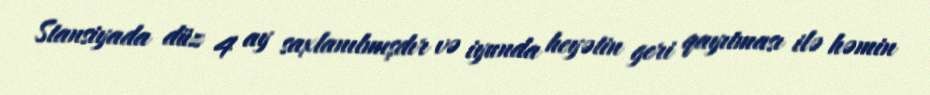
Stansiyada düz 4 ay saxlanılmışdır və iyunda heyətin geri qayıtması ilə həmin